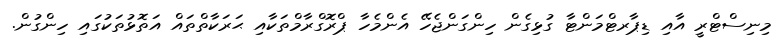
މިނިސްޓްރީ އާއި ޑިޕާރޓްމަންޓާ ގުޅިގެން ހިންގަންޖެހޭ އެންމެހާ ޕްރޮގްރާމްތަކާއި ޙަރަކާތްތައް އަތޮޅުތަކުގައި ހިންގުން.